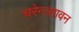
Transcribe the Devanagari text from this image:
चरेन्त्सावन